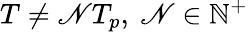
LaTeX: T\neq\mathscr{N}T_{p},\ \mathscr{N}\in\mathbb{{N}}^{+}